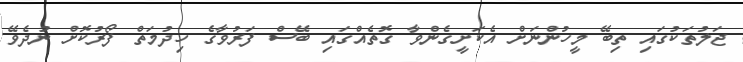
ޖަލުތަކުގައި ތިބޭ މީހުންނަށް އެކަށީގެންވާ ގޮތެއްގައި ބޭސް ފަރުވާގެ ހިދުމަތް ފޯރުކޮށް ނުދެވޭ